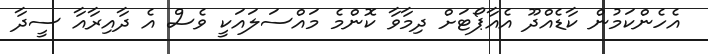
އެހެންކަމުން ކާޑެއްދޫ އެއާޕޯޓަށް ދިމާވާ ކޮންމެ މައްސަލައަކީ ވެސް އެ ދާއިރާއާ ސީދާ